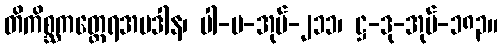
တိကိစ္ဆကတ္ထေရအပဒါန၊ ပါ-ပ-အုပ်-၂၁၁၊ ဋ္ဌ-ဒု-အုပ်-၁၈၃။